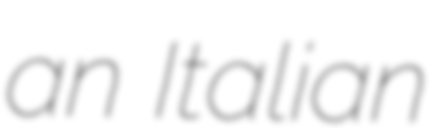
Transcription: an Italian